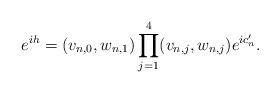
LaTeX: \begin{align*}e^{ih}=(v_{n,0},w_{n,1})\prod_{j=1}^4(v_{n,j},w_{n,j})e^{ic_n'}.\end{align*}